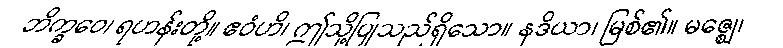
ဘိက္ခဝေ၊ ရဟန်းတို့။ ဧဝံဟိ၊ ဤသို့ပြုသည်ရှိသော။ နဒိယာ၊ မြစ်၏။ မဇ္ဈေ၊